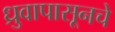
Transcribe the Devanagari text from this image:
ध्रुवापासूनचे